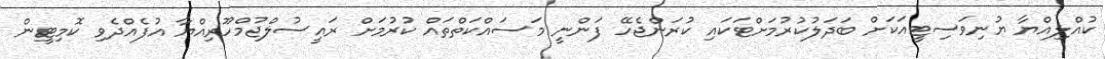
ކުއްލިއްޔާ ޔުނިވަސިޓީއަކަށް ބަދަލުކުރުމަށްޓަކައި ކުރަންޖެހޭ ފަންނީ މަސައްކަތްތައް ކުރުމަށް ރައީސުލްޖުމްހޫރިއްޔާ އުފެއްދެވި ކޮމިޓީން